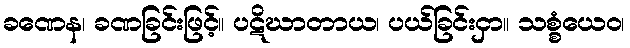
ခဏေန၊ ခဏခြင်းဖြင့်။ ပဋိဃာတာယ၊ ပယ်ခြင်းငှာ။ သစ္စံယေဝ၊